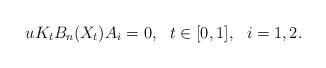
LaTeX: \begin{align*}uK_tB_n(X_t)A_i=0,\ \ t\in[0,1],\ \ i=1,2.\end{align*}